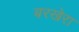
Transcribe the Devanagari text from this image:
बरखेरा